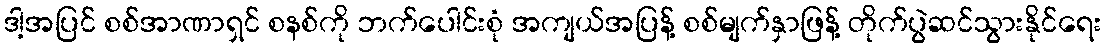
ဒါ့အပြင် စစ်အာဏာရှင် စနစ်ကို ဘက်ပေါင်းစုံ အကျယ်အပြန့် စစ်မျက်နှာဖြန့် တိုက်ပွဲဆင်သွားနိုင်ရေး